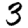
Digit: 3